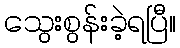
သွေးစွန်းခဲ့ရပြီ။